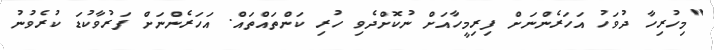
"މިހުރިހާ ދުވަހު އަހަރެންނަށް ފިރިމީހާއަށް ނުކޮށްދެވި ހުރި ކަންތައްތައް. އަހަރެންނަށް ފަރުވާކުޑަ ކުރެވުނު